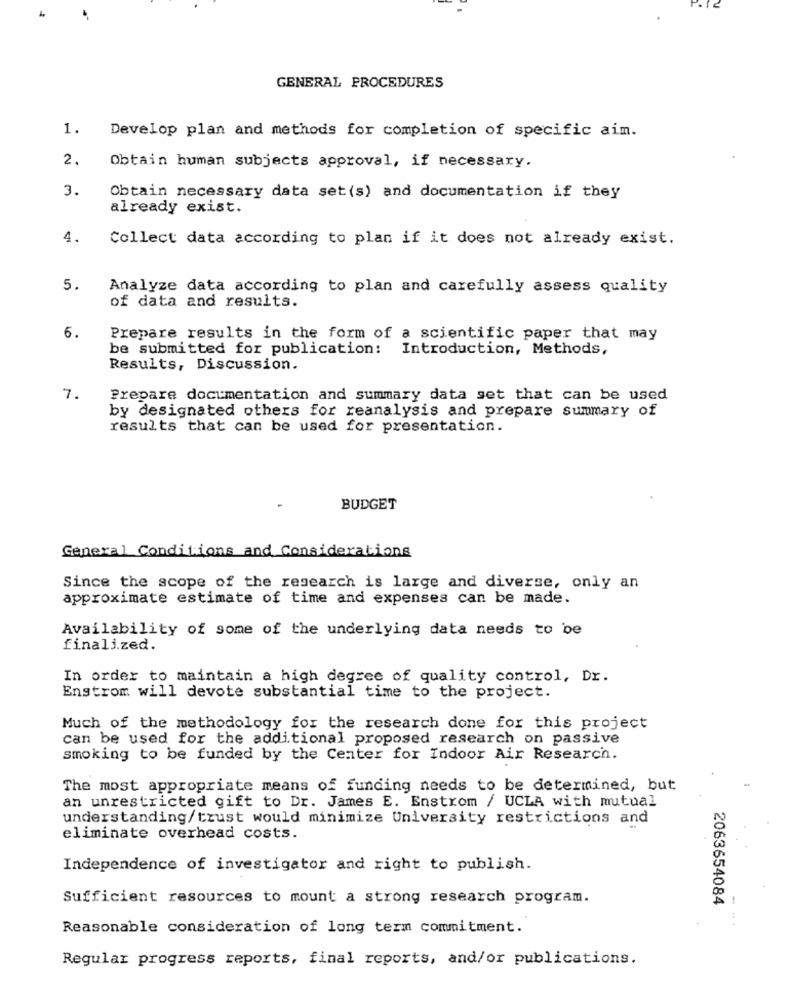
GENERAL PROCEDURES
1.
Develop plan and methods for completion of specific aim.
2.
Obtain human subjects approval, if necessary.
3.
Obtain necessary data set(s) and documentation if they
already exist.
4.
Collect data according to plan if it does not already exist.
5.
Analyze data according to plan and carefully assess quality
of data and results.
6.
Prepare results in the form of a scientific paper that may
be submitted for publication: Introduction, Methods,
Results, Discussion.
7.
Prepare documentation and summary data set that can be used
by designated others for reanalysis and prepare summary of
results that can be used for presentation.
BUDGET
General Conditions and Considerations
Since the scope of the research is large and diverse, only an
approximate estimate of time and expenses can be made.
Availability of some of the underlying data needs to be
finalized.
In order to maintain a high degree of quality control, Dr.
Enstrom will devote substantial time to the project.
Much of the methodology for the research done for this project
can be used for the additional proposed research on passive
smoking to be funded by the Center for Indoor Air Research.
The most appropriate means of funding needs to be determined, but
an unrestricted gift to Dr. James E. Enstrom / UCLA with mutual
understanding/trust would minimize University restrictions and
eliminate overhead costs.
Independence of investigator and right to publish.
Sufficient resources to mount a strong research program.
2063654084
Reasonable consideration of long term commitment.
Regular progress reports, final reports, and/or publications.